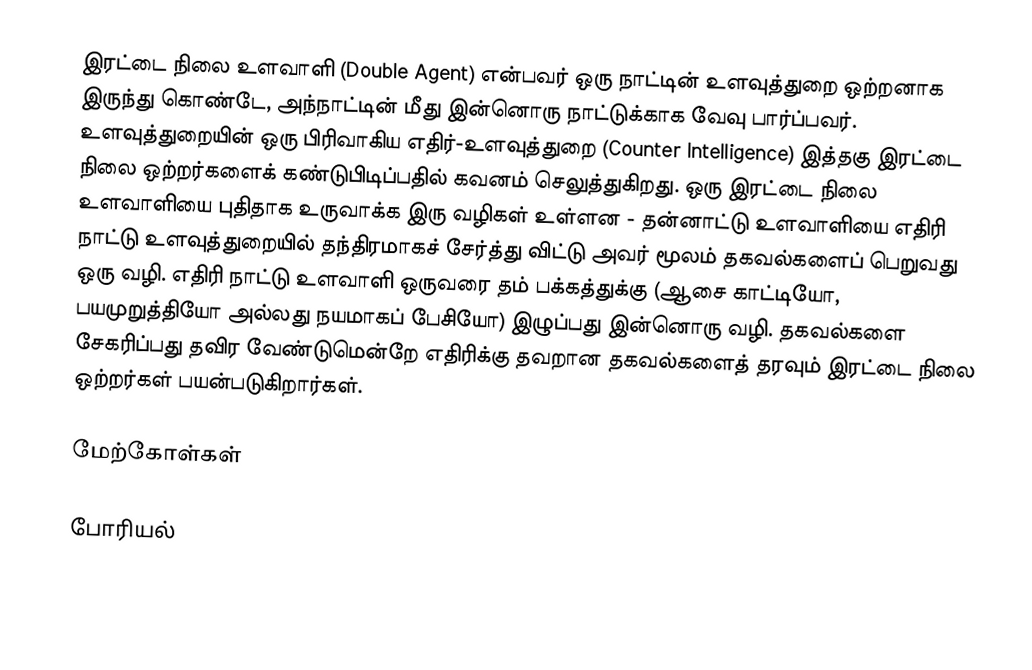
இரட்டை நிலை உளவாளி (Double Agent) என்பவர் ஒரு நாட்டின் உளவுத்துறை ஒற்றனாக இருந்து கொண்டே, அந்நாட்டின் மீது இன்னொரு நாட்டுக்காக வேவு பார்ப்பவர். உளவுத்துறையின் ஒரு பிரிவாகிய எதிர்-உளவுத்துறை (Counter Intelligence) இத்தகு இரட்டை நிலை ஒற்றர்களைக் கண்டுபிடிப்பதில் கவனம் செலுத்துகிறது. ஒரு இரட்டை நிலை உளவாளியை புதிதாக உருவாக்க இரு வழிகள் உள்ளன - தன்னாட்டு உளவாளியை எதிரி நாட்டு உளவுத்துறையில் தந்திரமாகச் சேர்த்து விட்டு அவர் மூலம் தகவல்களைப் பெறுவது ஒரு வழி. எதிரி நாட்டு உளவாளி ஒருவரை தம் பக்கத்துக்கு (ஆசை காட்டியோ, பயமுறுத்தியோ அல்லது நயமாகப் பேசியோ) இழுப்பது இன்னொரு வழி. தகவல்களை சேகரிப்பது தவிர வேண்டுமென்றே எதிரிக்கு தவறான தகவல்களைத் தரவும் இரட்டை நிலை ஒற்றர்கள் பயன்படுகிறார்கள்.

மேற்கோள்கள்

போரியல்